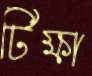
টিক্ষা